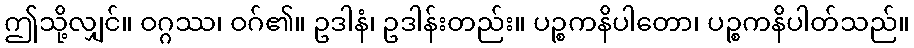
ဤသို့လျှင်။ ဝဂ္ဂဿ၊ ဝဂ်၏။ ဥဒါနံ၊ ဥဒါန်းတည်း။ ပဉ္စကနိပါတော၊ ပဉ္စကနိပါတ်သည်။